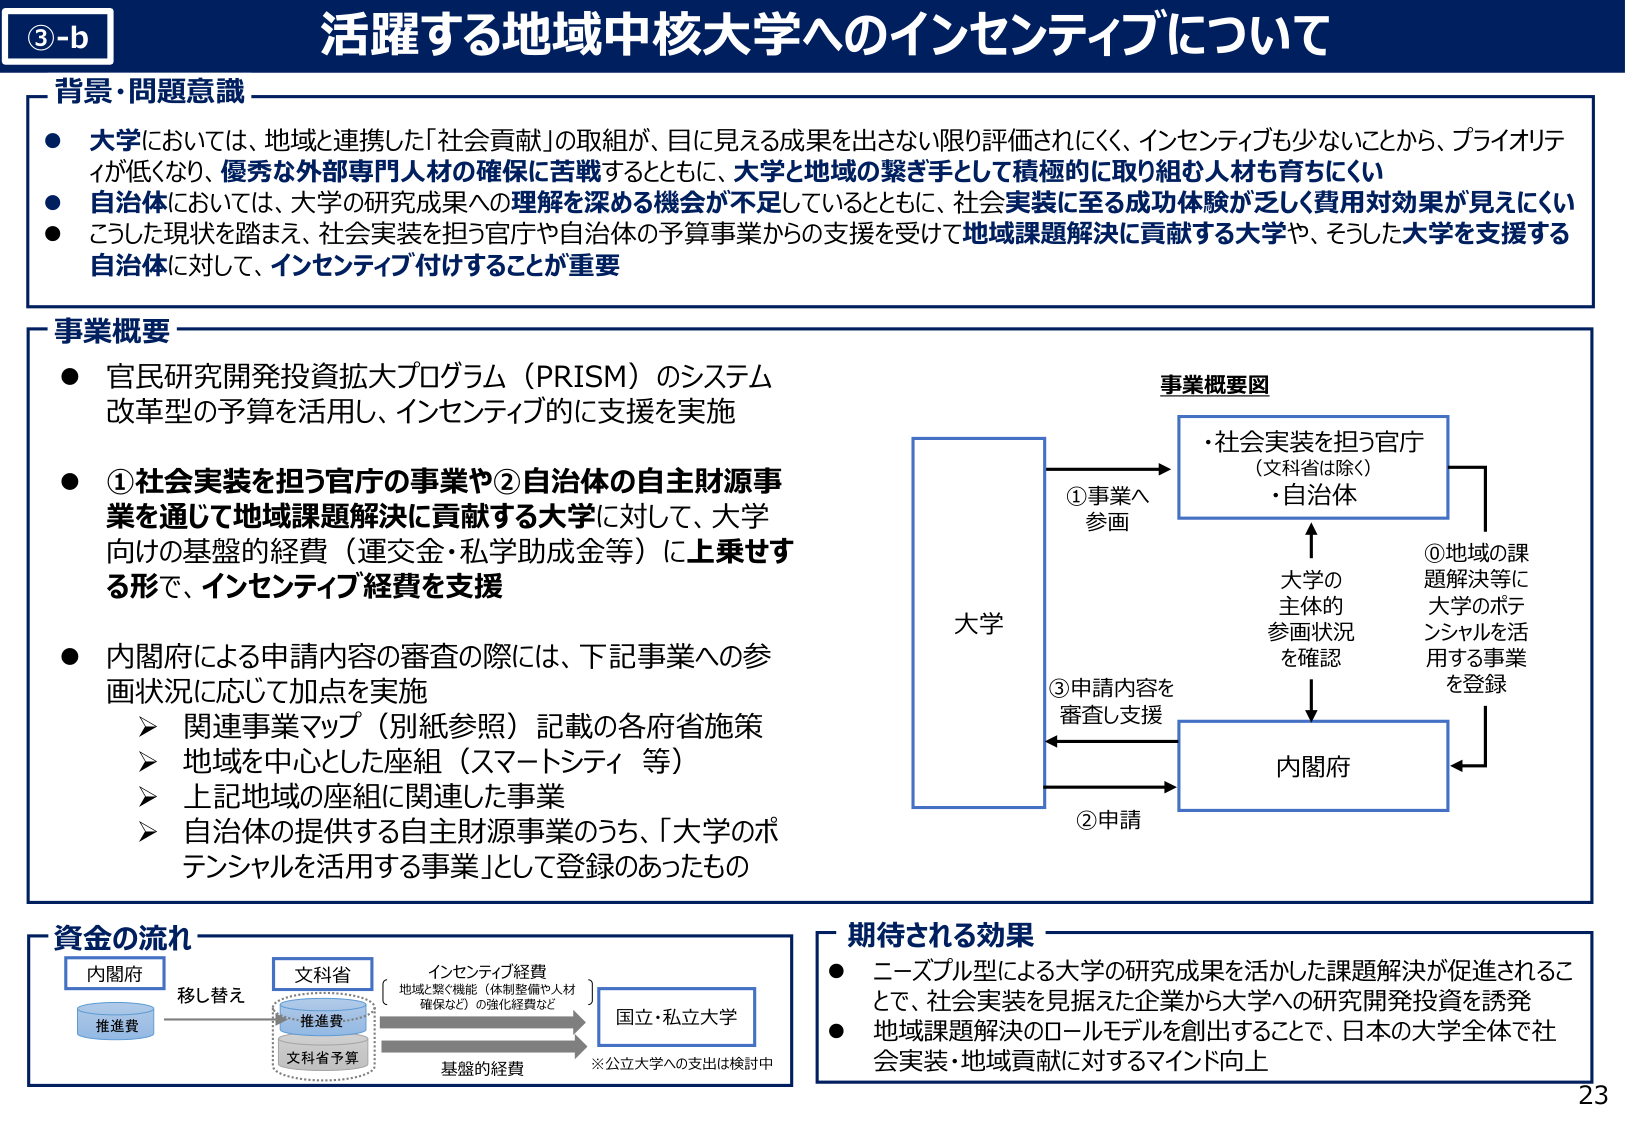
③-b
活躍する地域中核大学へのインセンティブについて

背景・問題意識
● 大学においては、地域と連携した「社会貢献」の取組が、目に見える成果を出さない限り評価されにくく、インセンティブも少ないことから、プライオリティが低くなり、優秀な外部専門人材の確保に苦戦するとともに、大学と地域の繋ぎ手として積極的に取り組む人材も育ちにくい
● 自治体においては、大学の研究成果への理解を深める機会が不足しているとともに、社会実装に至る成功体験が乏しく費用対効果が見えにくい
● こうした現状を踏まえ、社会実装を担う官庁や自治体の予算事業からの支援を受けて地域課題解決に貢献する大学や、そうした大学を支援する自治体に対して、インセンティブ付けることが重要

事業概要
● 官民研究開発投資拡大プログラム（PRISM）のシステム改革型の予算を活用し、インセンティブ的に支援を実施
● ①社会実装を担う官庁の事業や②自治体の自主財源事業を通じて地域課題解決に貢献する大学に対して、大学向けの基盤的経費（運交金・私学助成金等）に上乗せする形で、インセンティブ経費を支援
● 内閣府による申請内容の審査の際には、下記事業への参画状況に応じて加点を実施
　➤ 関連事業マップ（別紙参照）記載の各府省施策
　➤ 地域を中心とした座組（スマートシティ 等）
　➤ 上記地域の座組に関連した事業
　➤ 自治体の提供する自主財源事業のうち、「大学のポテンシャルを活用する事業」として登録のあったもの

事業概要図
大学
　→ ①事業へ参画
　　→ 社会実装を担う官庁（文科省は除く）
　　　・自治体
　　　↑
　　　大学の主体的参画状況を確認
　　　↓
　　→ ③申請内容を審査し支援
　　　→ 内閣府
　　← ②申請
　　　　↓
　　　　①地域の課題解決等に大学のポテンシャルを活用する事業を登録

資金の流れ
内閣府 → 移し替え → 文科省
　　↓
　　推進費
　　↓
　　文科省予算
　　→ 基盤的経費
　　→ インセンティブ経費（地域と繋ぐ機能（体制整備や人材確保など）の強化経費など）
　　→ 国立・私立大学
　　※公立大学への支出は検討中

期待される効果
● ニーズブル型による大学の研究成果を活かした課題解決が促進されることで、社会実装を見据えた企業から大学への研究開発投資を誘発
● 地域課題解決のロールモデルを創出することで、日本の大学全体で社会実装・地域貢献に対するマインド向上

23